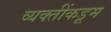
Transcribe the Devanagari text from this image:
व्यक्तींकडूम